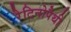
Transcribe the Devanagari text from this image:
रैटिनोपैथी